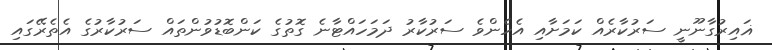
ޣައިރުގާނޫނީ ސަރުކާރެއް ކަމަށާއި އެހެންވެ ސަރުކާރު ދަމަހައްޓާނެ ގޮތުގެ ކަންބޮޑުވުންތައް ސަރުކާރުގެ އެތެރޭގައި